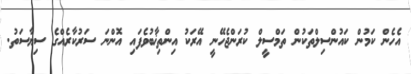
އެހެން ކަމުން ކައުންސިލްތަކުން ތަމްސީލް ކުރަންޖެހޭނީ އޭރަކު އިންތިޚާބުވެފައި އޮންނަ ސަރުކާރެއްގެ ސިޔާސަތު.